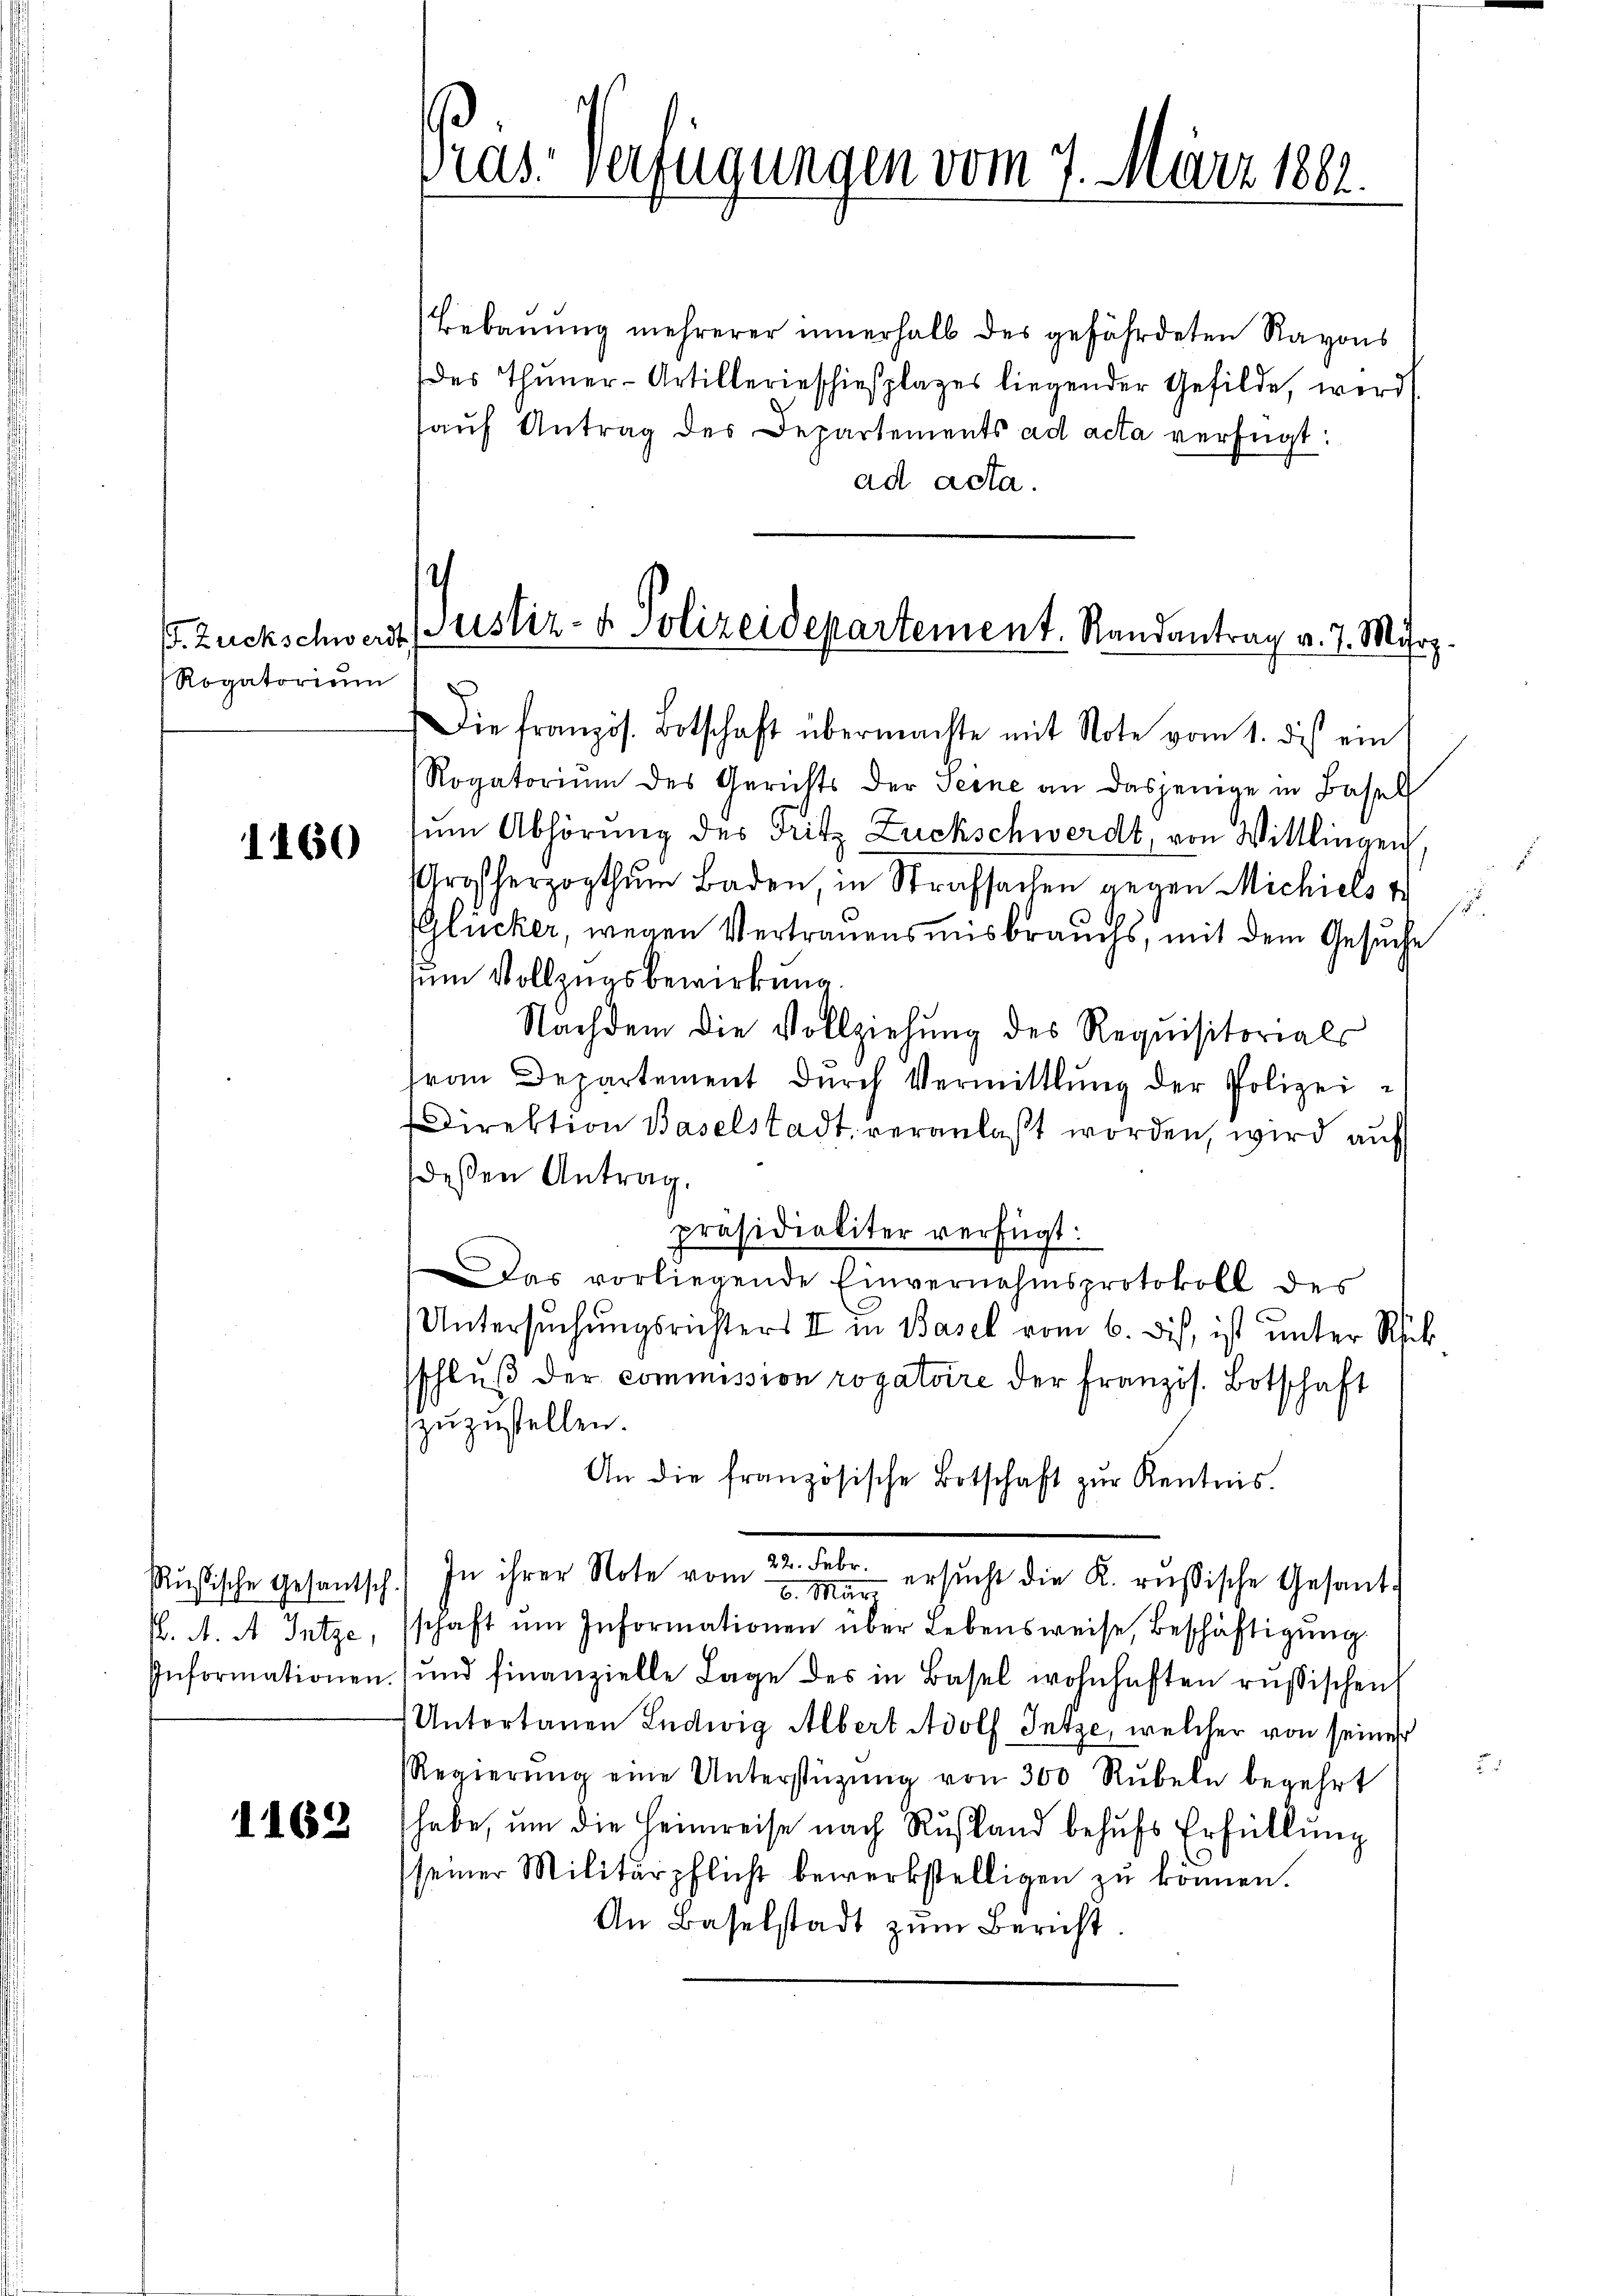
/. Zuckschwerde
Rogatorium

1160

K. A. A. Intze,

1162

Präs. Verfügungen vom 7. März 1882.

Justiz- & Polizeidepartement. Randantrag v. 7. März

Bebauung mehrerer innerhalb des gefährdeten Rayons
des Thuner-Artillerieschießplages liegender Gefilde, wird
aŭf Antrag des Departements ad acta verfügt:
ad acta.

Die französ. Botschaft übermachte mit Note vom 1. dies ein
Rogatoriŭm des Gerichts der Seine an dasjenige in Basel
zum Abhörung des Fritz Zuckschwerdt, von Wittlingen,
Großherzogthum Baden, in Strafsachen gegen Michiels t
(Glücker, wegen Vertrauensmisbrauchs, mit dem Gesuche
zum Vollzugsbewirkung.
Nachdem die Vollziehung des Requisitorials
Frau Departement dŭrch Vermittlung der Polizei¬
Direktion Baselstadt veranlaßt worden, wird auf
deßen Antrag.
präsidialiter verfügt:
Das vorliegende Einvernahmsprotokoll des
Untersuchungsrichters II in Basel vom 6. Dis, ist unter Rück
sschlŭβ der commission rogatoire der französ. Botschaft
zuzustellen.
An die französische Botschaft zŭr Kentnis.
sussische Gesantsch. In ihrer Note vom 22. Febr. ersŭcht die K. russische Gesand¬
6. März
schaft ŭm Informationen über Lebensweise, Beschäftigŭng.
Informationen und finanzielle Lage des in Basel wohnhaften russischen
Untertanen Ludwig Albert Adolf Jntze, welcher von seiner
Regierŭng eine Unterstützŭng von 300 Rŭbeln begehrt
habe, um die Heimreise nach Rustand behufs Erfüllung
seiner Militärpflicht bewerkstelligen zŭ können.
An Baselstadt zum Bericht